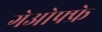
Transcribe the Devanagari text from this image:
गेओफ्फ्रे